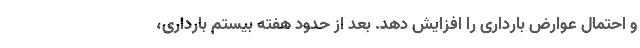
و احتمال عوارض بارداری را افزایش دهد. بعد از حدود هفته بیستم بارداری،